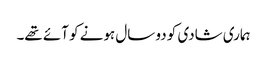
ہماری شادی کو دو سال ہونے کو آئے تھے۔